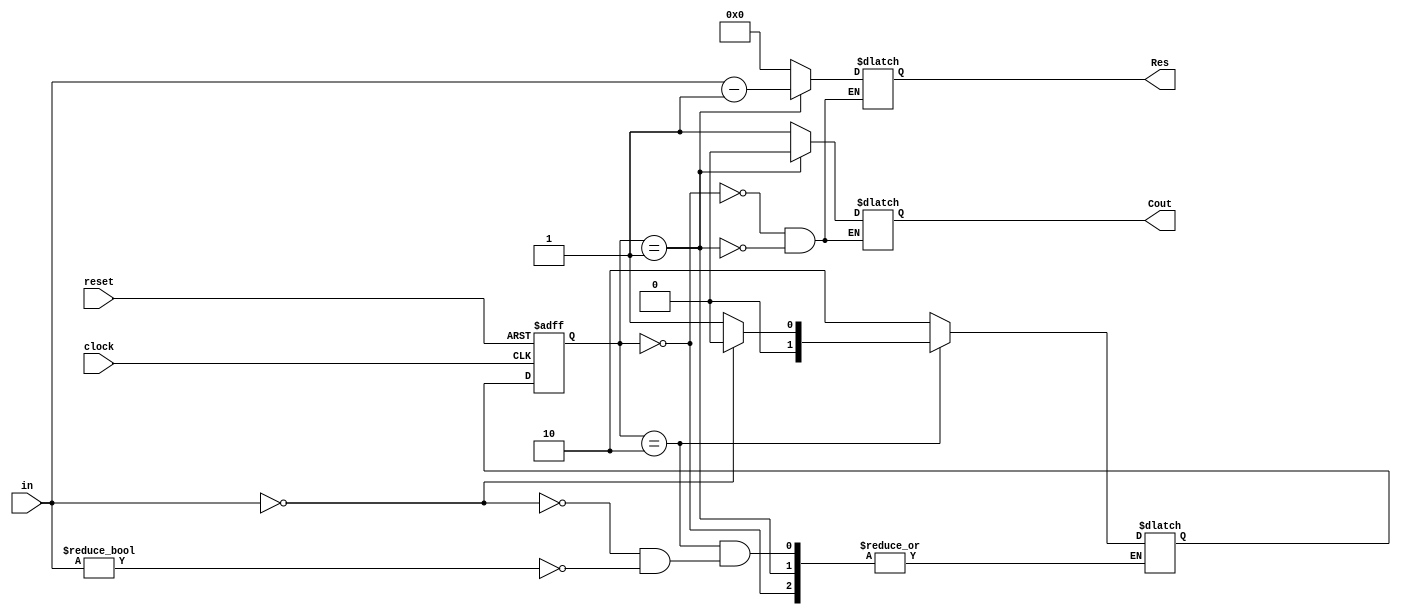
module minus_one(reset, clock, in, Res, Cout);
  input reset;
  input clock;
  input [3:0] in;
  output [3:0] Res;
  output Cout;

  reg [3:0] Res;
  reg Cout;

  parameter [1:0] over = 0, normal = 1, init = 2;
  reg [1:0] current_state, next_state;

  always @(posedge clock or posedge reset)
  begin: SYNCH
    if (reset == 1'b1)
       current_state <= init;
    else
       current_state <= next_state;
  end

  always @(current_state or in)
  begin: COMBIN
     case (current_state)
        over:
        begin
          Res <= 4'b0000;
          Cout <= 1'b1;

        end

        normal:
        begin
          Res <= in - 4'b0001;
          Cout <= 1'b0;

        end

        init:
        begin
          if (in == 4'b0000)
             begin
             next_state <= over;
             end
          else if (in != 4'b0000)
             begin
             next_state <= normal;
             end
        end


        default:
          next_state <= init;
     endcase
  end

endmodule